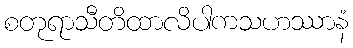
စတုရာသီတိထာလိပါကသဟဿာနံ